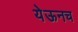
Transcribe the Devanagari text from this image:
येऊनच